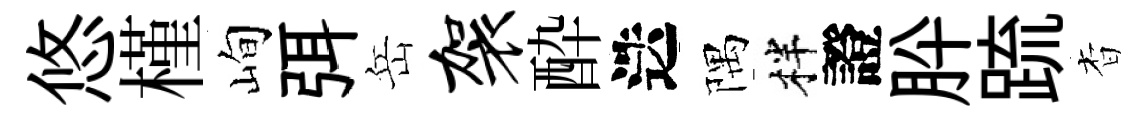
悠槿峋弭岳袈酔迭隅柈證肸䟽杳